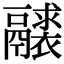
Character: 𩱘